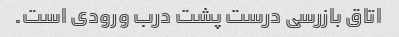
اتاق بازرسی درست پشت درب ورودی است.